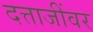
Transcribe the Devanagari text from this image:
दत्ताजींवर